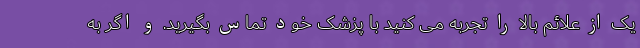
یک از علائم بالا را تجربه می کنید با پزشک خود تماس بگیرید. و اگر به